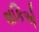
શકિએ